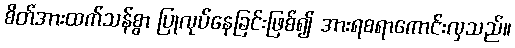
စိတ်အားထက်သန်စွာ ပြုလုပ်နေခြင်းဖြစ်၍ အားရစရာကောင်းလှသည်။